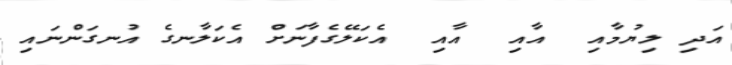
އަދި ލިޔުމާއި  އާއި  އާއި  އެކަލޭގެފާނަށް އެކަލާނގެ އުނގަންނައި